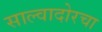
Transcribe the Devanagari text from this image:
साल्वादोरचा